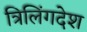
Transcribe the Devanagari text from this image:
त्रिलिंगदेश